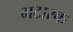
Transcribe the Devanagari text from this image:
भटारक